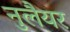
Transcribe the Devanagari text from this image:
नुलैयर